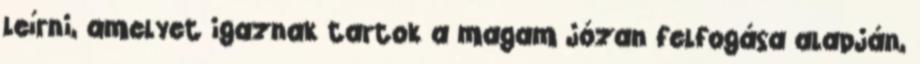
leírni, amelyet igaznak tartok a magam józan felfogása alapján,